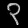
Digit: ၃